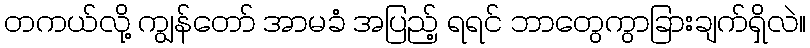
တကယ်လို့ ကျွန်တော် အာမခံ အပြည့် ရရင် ဘာတွေကွာခြားချက်ရှိလဲ။